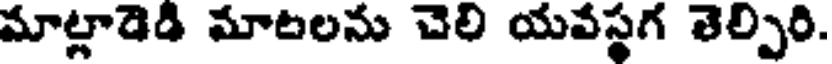
మాట్లాడెడి మాటలను చెలి యవస్థగ తెల్పిరి.